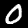
Digit: 0